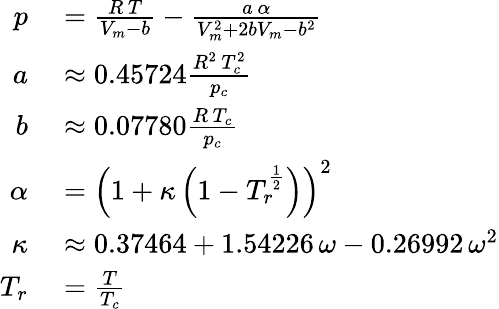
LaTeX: \begin{array}{rl}{p}&{{}={\frac{R\, T}{V_{m}-b}}-{\frac{a\, \alpha}{V_{m}^{2}+2bV_{m}-b^{2}}}}\\ {a}&{{}\approx 0.45724{\frac{R^{2}\, T_{c}^{2}}{p_{c}}}}\\ {b}&{{}\approx 0.07780{\frac{R\, T_{c}}{p_{c}}}}\\ {\alpha}&{{}=\left(1+\kappa\left(1-T_{r}^{\frac{1}{2}}\right)\right)^{2}}\\ {\kappa}&{{}\approx 0.37464+1.54226\, \omega-0.26992\, \omega^{2}}\\ {T_{r}}&{{}={\frac{T}{T_{c}}}}\end{array}